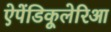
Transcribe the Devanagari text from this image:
ऐपेंडिकूलेरिआ